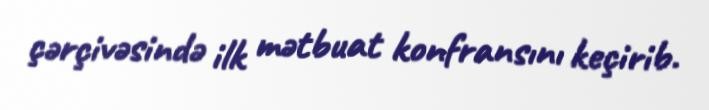
çərçivəsində ilk mətbuat konfransını keçirib.